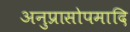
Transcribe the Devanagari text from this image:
अनुप्रासोपमादि